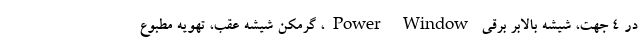
در 4 جهت، شیشه بالابر برقی Power Window، گرمکن شیشه عقب، تهویه مطبوع